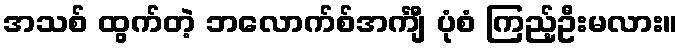
အသစ် ထွက်တဲ့ ဘလောက်စ်အင်္ကျီ ပုံစံ ကြည့်ဦးမလား။